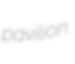
pavilion